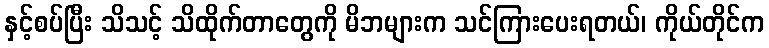
နှင့်စပ်ပြီး သိသင့် သိထိုက်တာတွေကို မိဘများက သင်ကြားပေးရတယ်၊ ကိုယ်တိုင်က